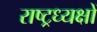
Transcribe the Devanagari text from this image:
राष्ट्रध्यक्षों